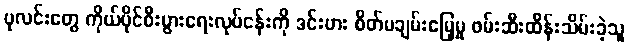
ပုလင်းတွေ ကိုယ်ပိုင်စီးပွားရေးလုပ်ငန်းကို ဒင်းဗား စိတ်မချမ်းမြေ့မှု ဖမ်းဆီးထိန်းသိမ်းခဲ့သူ